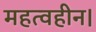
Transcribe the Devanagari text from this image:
महत्वहीन।